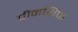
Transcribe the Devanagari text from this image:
पीनशिफ